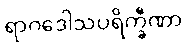
ရာဂဒေါသပရိက္ခီဏာ